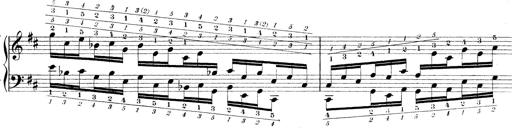
Title: Technische Studien
Composer: Franz Liszt